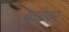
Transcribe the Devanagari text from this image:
वाढेवर